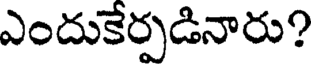
ఎందుకేర్పడినారు?